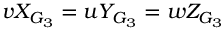
v X _ { G _ { 3 } } = u Y _ { G _ { 3 } } = w Z _ { G _ { 3 } }